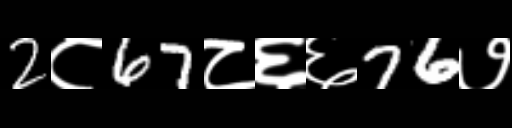
Text: 2८67८६६76७